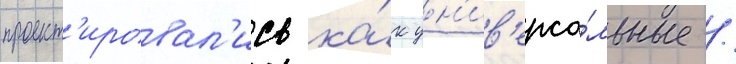
проект'ировал'ись ка́к ун'ив'ерса́льные /